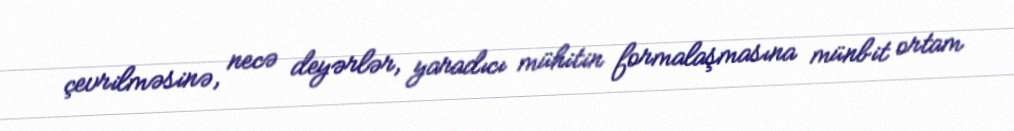
çevrilməsinə, necə deyərlər, yaradıcı mühitin formalaşmasına münbit ortam